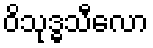
ဝိသုဒ္ဓသီလော